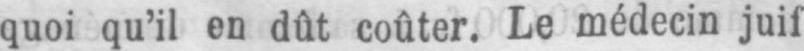
quoi qu’il en dût coûter. Le médecin juif